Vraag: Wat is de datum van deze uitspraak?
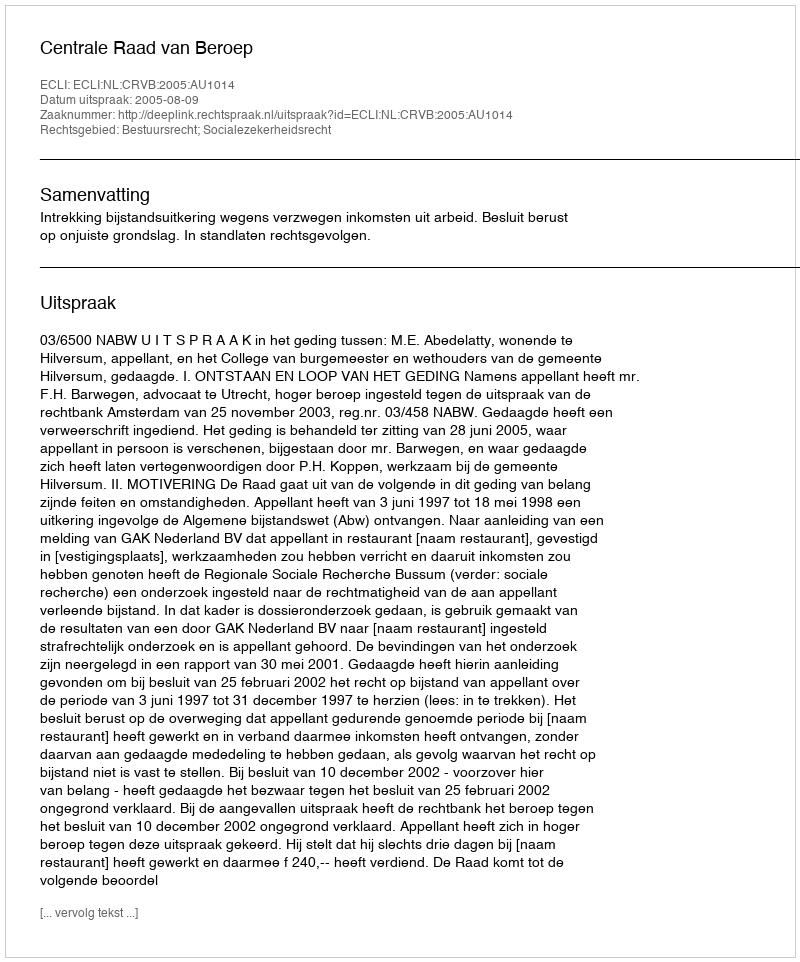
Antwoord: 2005-08-09